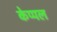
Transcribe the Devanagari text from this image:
केप्पल